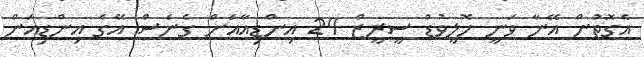
އެގޮތުން އޭނާ ވަނީ ހޮލީވުޑް ސީރީޒް 24 އިންޑިއާއަށް ގެނެސް އޭގެ އިންޑިއަން